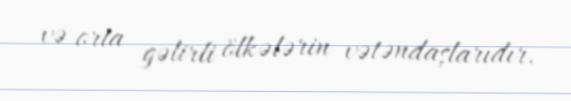
və orta gəlirli ölkələrin vətəndaşlarıdır.